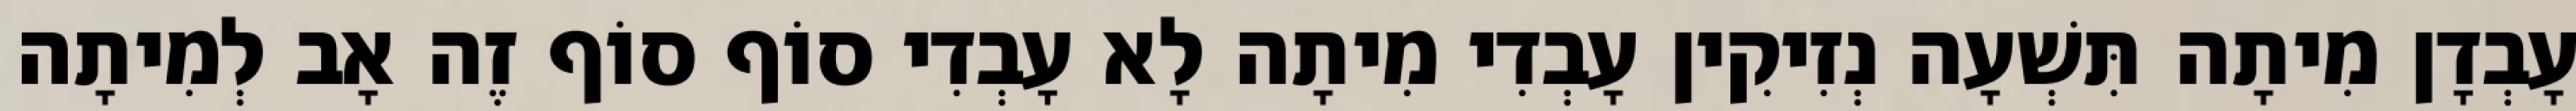
עָבְדָן מִיתָה תִּשְׁעָה נְזִיקִין עָבְדִי מִיתָה לָא עָבְדִי סוֹף סוֹף זֶה אָב לְמִיתָה